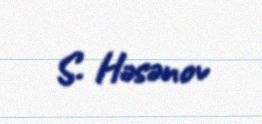
S. Həsənov